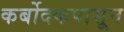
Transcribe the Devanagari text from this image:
कर्बोदकपासून